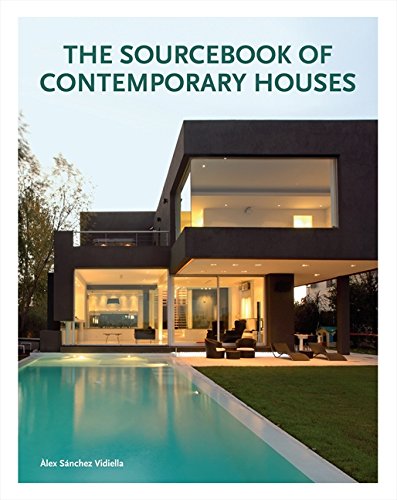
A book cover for The Sourcebook of Contemporary Houses; Ãlex  SÃ¡nchez Vidiella; Arts & Photography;